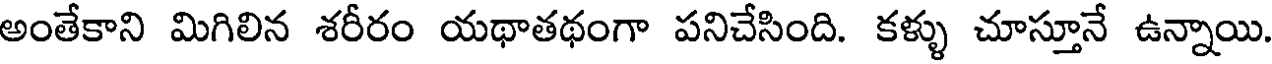
అంతేకాని మిగిలిన శరీరం యథాతథంగా పనిచేసింది. కళ్ళు చూస్తూనే ఉన్నాయి.